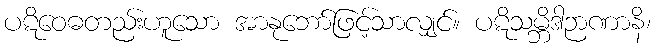
ပဋိဝေဓတည်းဟူသော အာနုဘော်ဖြင့်သာလျှင်။ ပဋိသမ္ဘိဒါဉာဏာနိ၊